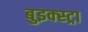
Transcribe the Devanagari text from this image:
बुइक्स्ट्रा